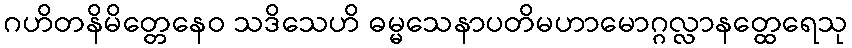
ဂဟိတနိမိတ္တေနေဝ သဒိသေဟိ ဓမ္မသေနာပတိမဟာမောဂ္ဂလ္လာနတ္ထေရေသု